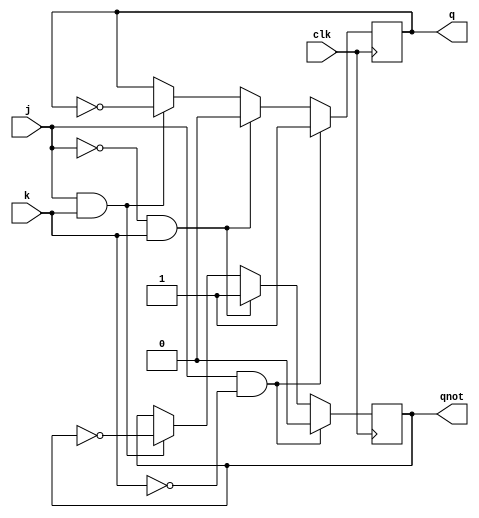
module jkff ( output q, output qnot, input j, input k, input clk ); 
reg q, qnot; 
always @( posedge clk ) 
begin 
if ( j & ~k ) 
begin 
q <= 1; qnot <= 0; 
end 
else 
if ( ~j & k ) 
	begin 
	q <= 0; qnot <= 1; 
	end 
else 
	if ( j & k ) 
	begin 
	q <= ~q; qnot <= ~qnot; 
	end 
end 
endmodule